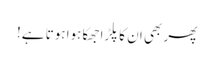
پھر بھی ان کا پلڑا جھکا ہوا ہوتا ہے!